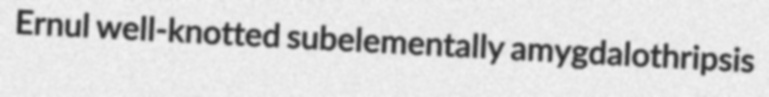
Ernul well-knotted subelementally amygdalothripsis